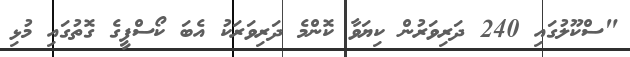
"ސްކޫލުގައި 240 ދަރިވަރުން ކިޔަވާ ކޮންމެ ދަރިވަރަކު އެބަ ކޯސްފީގެ ގޮތުގައި މުޅި